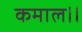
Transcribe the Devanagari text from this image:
कमाल।।